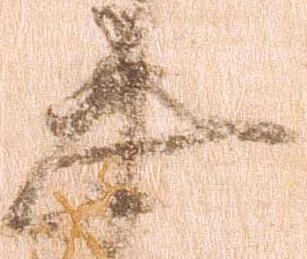
忠